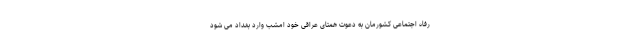
رفاه اجتماعی کشورمان به دعوت همتای عراقی خود امشب وارد بغداد می شود